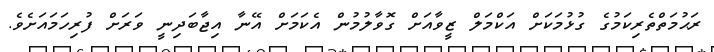
ރަޙުމަތްތެރިކަމުގެ ގުޅުމަކަށް އަކްމަލް ޒީވާއަށް ގޮވާލުމުން އެކަމަށް އޭނާ އިޖާބަދިނީ ވަރަށް ފުރިހަމައަށެވެ.